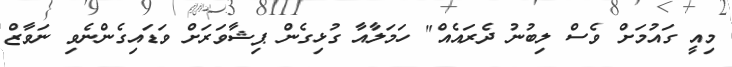
މިއީ ގައުމަށް ވެސް ލިބުނު ދެރައެއް" ހަމަލާއާ ގުޅިގެން ޕިޝާވަރަށް ވަޑައިގެންނެވި ނަވާޒް